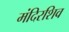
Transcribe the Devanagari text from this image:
मंदिरशिव